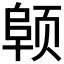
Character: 𬱪